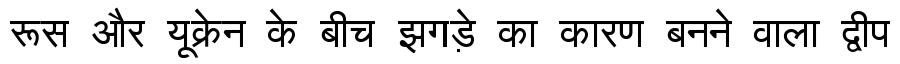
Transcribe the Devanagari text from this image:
रूस और यूक्रेन के बीच झगड़े का कारण बनने वाला द्वीप